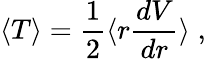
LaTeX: \langle T\rangle=\frac{1}{2}\langle r\frac{dV}{dr}\rangle\; ,